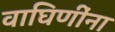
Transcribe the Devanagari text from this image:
वाघिणींना